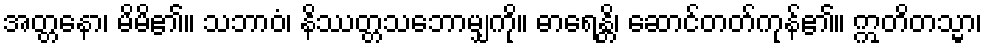
အတ္တနော၊ မိမိ၏။ သဘာဝံ၊ နိဿတ္တသဘောမျှကို။ ဓာရေန္တိ၊ ဆောင်တတ်ကုန်၏။ ဣတိတသ္မာ၊